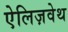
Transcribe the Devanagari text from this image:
ऐलिज़वेथ